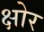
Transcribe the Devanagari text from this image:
क्षोर